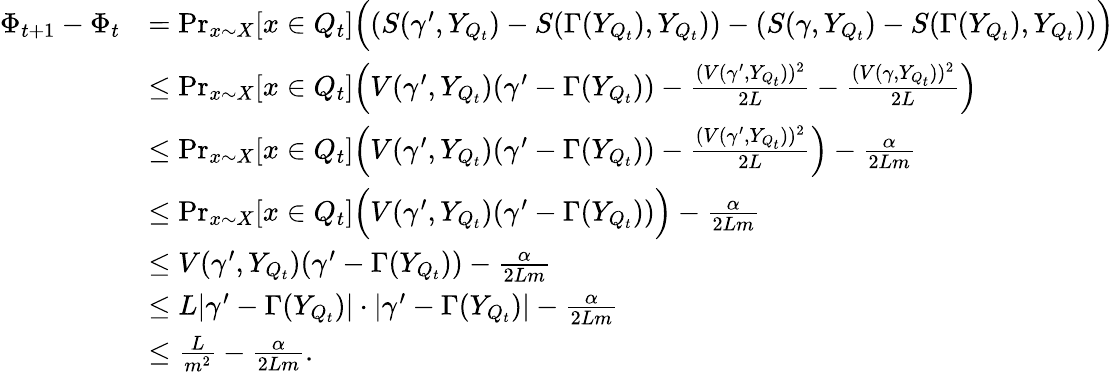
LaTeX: \begin{array}{rl}{\Phi_{t+1}-\Phi_{t}}&{=\operatorname*{Pr}_{x\sim X}[x\in Q_{t}]\Big((S(\gamma^{\prime},Y_{Q_{t}})-S(\Gamma(Y_{Q_{t}}),Y_{Q_{t}}))-(S(\gamma,Y_{Q_{t}})-S(\Gamma(Y_{Q_{t}}),Y_{Q_{t}}))\Big)}\\ &{\leq\operatorname*{Pr}_{x\sim X}[x\in Q_{t}]\Big(V(\gamma^{\prime},Y_{Q_{t}})(\gamma^{\prime}-\Gamma(Y_{Q_{t}}))-\frac{(V(\gamma^{\prime},Y_{Q_{t}}))^{2}}{2L}-\frac{(V(\gamma,Y_{Q_{t}}))^{2}}{2L}\Big)}\\ &{\leq\operatorname*{Pr}_{x\sim X}[x\in Q_{t}]\Big(V(\gamma^{\prime},Y_{Q_{t}})(\gamma^{\prime}-\Gamma(Y_{Q_{t}}))-\frac{(V(\gamma^{\prime},Y_{Q_{t}}))^{2}}{2L}\Big)-\frac{\alpha}{2Lm}}\\ &{\leq\operatorname*{Pr}_{x\sim X}[x\in Q_{t}]\Big(V(\gamma^{\prime},Y_{Q_{t}})(\gamma^{\prime}-\Gamma(Y_{Q_{t}}))\Big)-\frac{\alpha}{2Lm}}\\ &{\leq V(\gamma^{\prime},Y_{Q_{t}})(\gamma^{\prime}-\Gamma(Y_{Q_{t}}))-\frac{\alpha}{2Lm}}\\ &{\leq L|\gamma^{\prime}-\Gamma(Y_{Q_{t}})|\cdot|\gamma^{\prime}-\Gamma(Y_{Q_{t}})|-\frac{\alpha}{2Lm}}\\ &{\leq\frac{L}{m^{2}}-\frac{\alpha}{2Lm}.}\end{array}